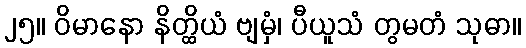
၂၅။ ဝိမာနော နိတ္ထိယံ ဗျမှံ၊ ပီယူသံ တွမတံ သုဓာ။